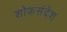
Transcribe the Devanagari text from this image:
शोकसंदेश